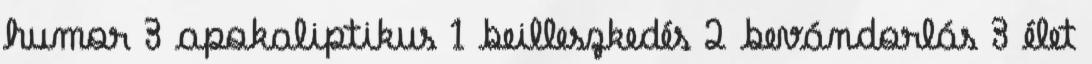
humor 3 apokaliptikus 1 beilleszkedés 2 bevándorlás 3 élet